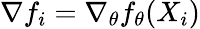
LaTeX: \nabla f_{i}=\nabla_{\theta}f_{\theta}(X_{i})